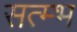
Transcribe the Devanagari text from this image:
सत्म्भ